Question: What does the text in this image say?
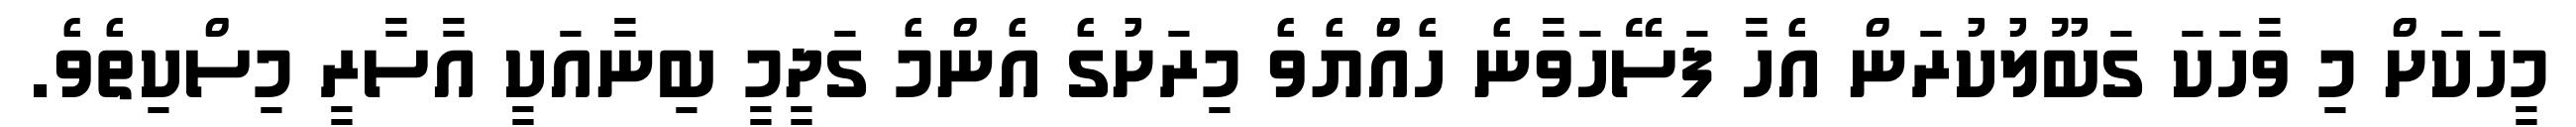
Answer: މީހަކަށް މި ވާހަކަ ގަބޫލުކުރަން އެހާ ފަސޭހަވާނެ ހެއްުޔެވެ މިރަށުގެ އެންމެ ގަދީމީ ބިނާއަކީ އާސާރީ މިސްކިތެވެ.